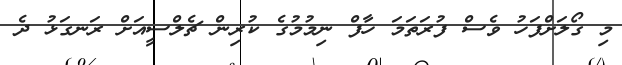
މި ގޯލަށްފަހު ވެސް ފުރަތަމަ ހާފް ނިމުމުގެ ކުރިން ޗެލްސީއަށް ރަނގަޅު ދެ